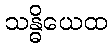
သန္ဓိယေထ